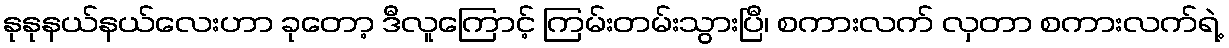
နုနုနယ်နယ်လေးဟာ ခုတော့ ဒီလူကြောင့် ကြမ်းတမ်းသွားပြီ၊ စကားလက် လှတာ စကားလက်ရဲ့